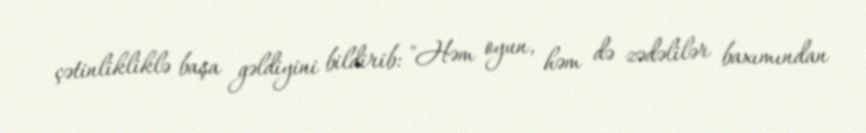
çətinlikliklə başa gəldiyini bildirib: "Həm oyun, həm də zədəlilər baxımından